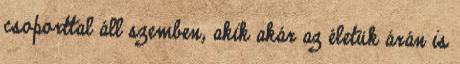
csoporttal áll szemben, akik akár az életük árán is